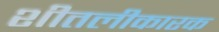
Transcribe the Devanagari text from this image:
शीतलीकारक